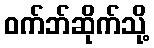
ဝက်ဘ်ဆိုက်သို့